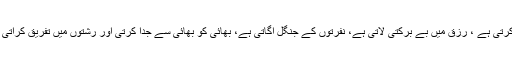
تخریبی سوچ انسان کو ذہنی مریض بناتی ہے، مایوسی پیدا کرتی ہے ، رزق میں بے برکتی لاتی ہے، نفرتوں کے جنگل اگاتی ہے، بھائی کو بھائی سے جدا کرتی اور رشتوں میں تفریق کراتی ہے غرض تمام مسائل ومشکلات کی جڑ تخریبی سوچ ہے ۔